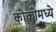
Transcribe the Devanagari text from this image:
कोकोमध्ये